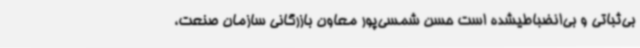
بی‌ثباتی و بی‌انضباطیشده است حسن شمسی‌پور معاون بازرگانی سازمان صنعت،